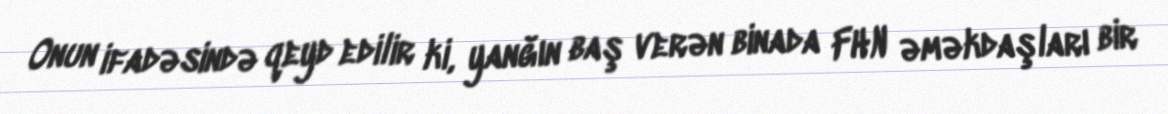
Onun ifadəsində qeyd edilir ki, yanğın baş verən binada FHN əməkdaşları bir